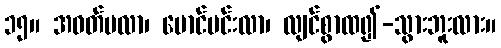
၁၅။ အဝတ်ဗလာ၊ မောင်မင်းလာ၊ လျင်စွာထ၍-သွားဘူးလား။